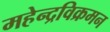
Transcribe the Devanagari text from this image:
महेन्द्रविक्रमन